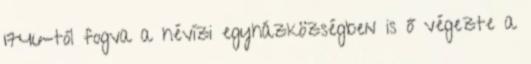
1746-tól fogva a hévízi egyházközségben is ő végezte a